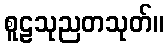
စူဠသုညတသုတ်။